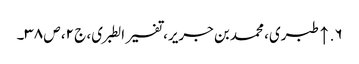
۶. ↑ طبری، محمد بن جریر، تفسیر الطبری، ج ۲، ص ۳۸۔